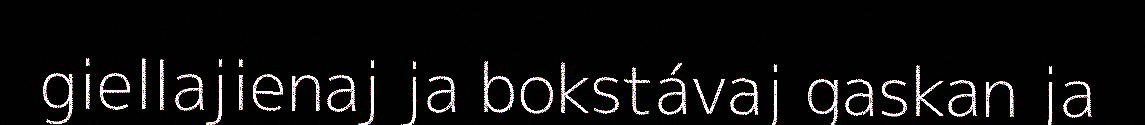
giellajienaj ja bokstávaj gaskan ja